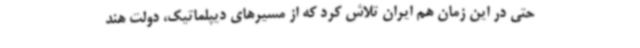
حتی در این زمان هم ایران تلاش کرد که از مسیرهای دیپلماتیک، دولت هند